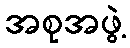
အစုအဖွဲ့